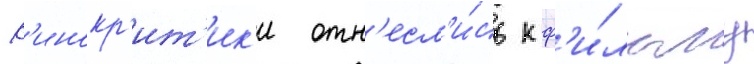
К'инокр'ит'ик'и отн'есл'и́сь к ф'и́льму